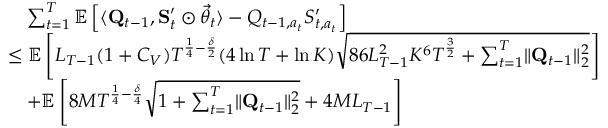
\begin{array} { r l } & { \quad \sum _ { t = 1 } ^ { T } \mathbb E \left[ \langle \mathbf Q _ { t - 1 } , \mathbf S _ { t } ^ { \prime } \odot \vec { \theta } _ { t } \rangle - Q _ { t - 1 , a _ { t } } S _ { t , a _ { t } } ^ { \prime } \right] } \\ & { \le \mathbb E \left[ L _ { T - 1 } ( 1 + C _ { V } ) T ^ { \frac 1 4 - \frac \delta 2 } ( 4 \ln T + \ln K ) \sqrt { 8 6 L _ { T - 1 } ^ { 2 } K ^ { 6 } T ^ { \frac 3 2 } + \sum _ { t = 1 } ^ { T } \lVert \mathbf Q _ { t - 1 } \rVert _ { 2 } ^ { 2 } } \right] } \\ & { \quad + \mathbb E \left[ 8 M T ^ { \frac 1 4 - \frac \delta 4 } \sqrt { 1 + \sum _ { t = 1 } ^ { T } \lVert \mathbf Q _ { t - 1 } \rVert _ { 2 } ^ { 2 } } + 4 M L _ { T - 1 } \right] } \end{array}